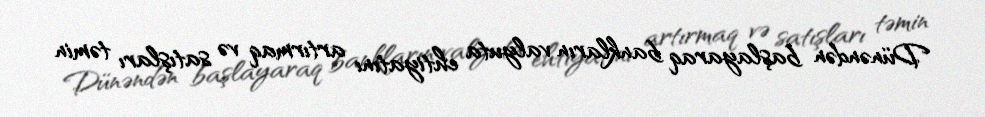
Dünəndən başlayaraq bankların valyuta ehtiyatını artırmaq və satışları təmin